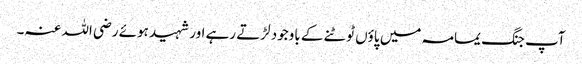
آپ جنگ یمامہ میں پاؤں ٹوٹنے کے باوجود لڑتے رہے اور شہید ہوئے رضی اللہ عنہ۔